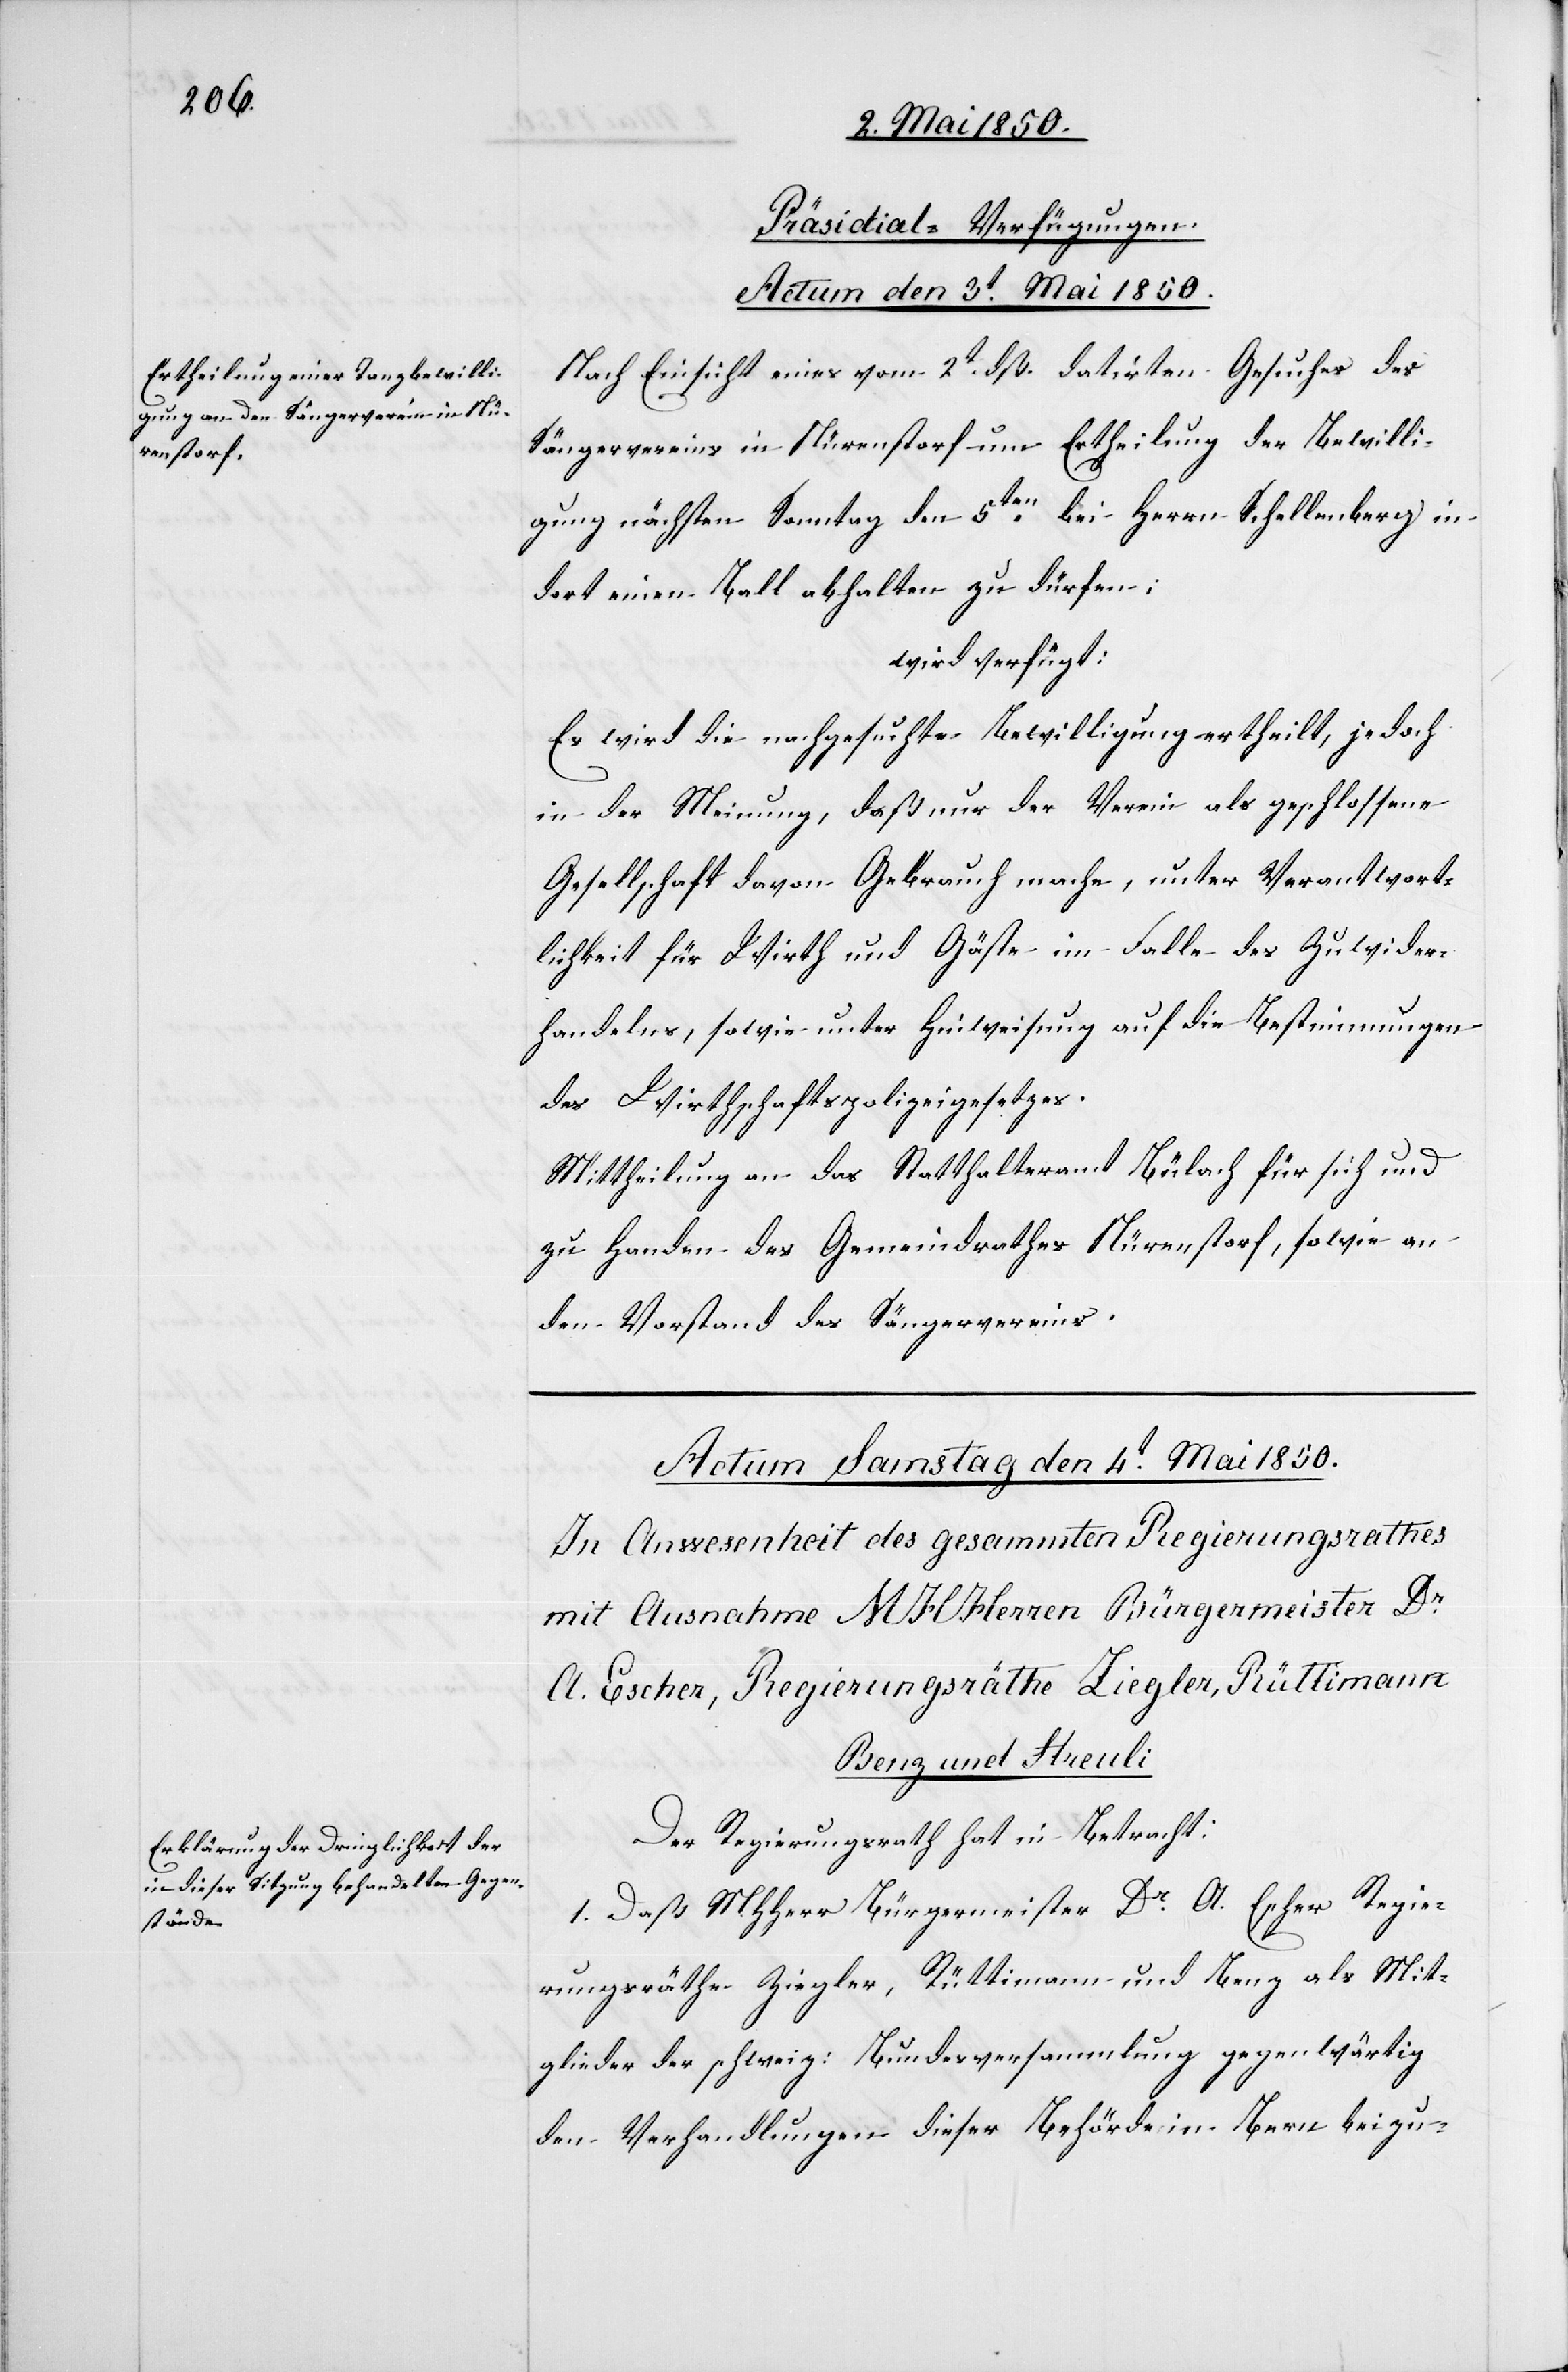
Präsidial-Verfügungen.
Actum den 3t Mai 1850.
Nach Einsicht eines vom 2t dß. datirten Gesuches des
Sängervereins in Nürenstorf um Ertheilung der Bewilli¬
gung nächsten Sonntag den 5ten bei Herrn Schellenberg in
dort einen Ball abhalten zu dürfen;
wird verfügt:
Es wird die nachgesuchte Bewilligung ertheilt, jedoch
in der Meinung, daß nur der Verein als geschlossene
Gesellschaft davon Gebrauch mache, unter Verantwort¬
lichkeit für Wirth und Gäste im Falle des Zuwider¬
handelns, sowie unter Hinweisung auf die Bestimmungen
des Wirthschaftspolizeigesetzes.
Mittheilung an das Statthalteramt Bülach für sich und
zu Handen des Gemeindrathes Nürenstorf, sowie an
den Vorstand des Sängervereins.
Der Regierungsrath hat in Betracht:
1. Daß MHHerr Bürgermeister Dr A. Escher[,] Regie¬
rungsräthe Ziegler, Rüttimann und Benz als Mit¬
glieder der schweiz: Bundesversammlung gegenwärtig
den Verhandlungen dieser Behörde in Bern beizu-